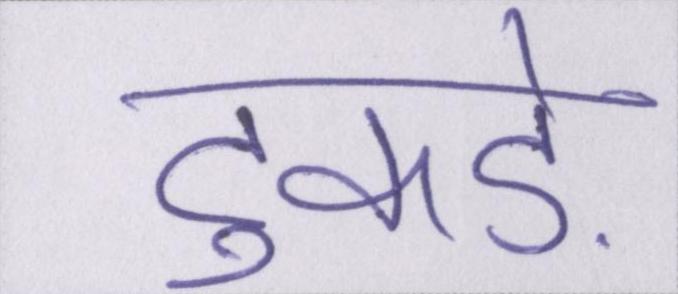
टुकड़े